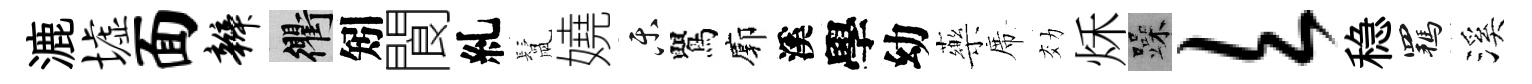
漉墟面辫衢矧閬糺鬛嬈乐鸎廓溪學幼藥席効秌躁欠稳羈溪